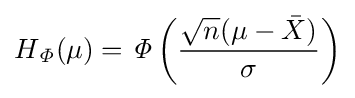
H_{\mathit {\Phi }}(\mu )={\mathit {\Phi }}\left({\frac {{\sqrt {n}}(\mu -{\bar {X}})}{\sigma }}\right)